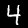
Digit: 4